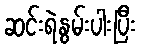
ဆင်းရဲနွမ်းပါးပြီး